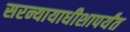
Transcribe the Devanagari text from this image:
सरन्यायाधीशापर्यंत